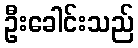
ဦးခေါင်းသည်